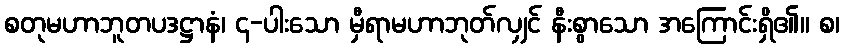
စတုမဟာဘူတပဒဋ္ဌာနံ၊ ၄-ပါးသော မှီရာမဟာဘုတ်လျှင် နီးစွာသော အကြောင်းရှိ၏။ စ၊